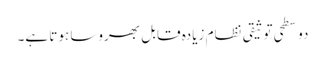
دو سطحی توثیقی نظام زیادہ قابل بھروسا ہوتا ہے۔